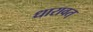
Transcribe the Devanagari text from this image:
धारावत्‌